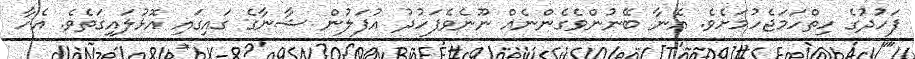
ފަހުދުގެ ހިތްހަމަޖެހުމަށެވެ. އޭނާ ބޭނުންވެގެންނެއް ނޫނެވެފަހުދު އުފަލުން ޝާނާގެ ގައިގައި އޮޅުލައިގަތެވެ. އެހާ